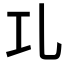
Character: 𠃖